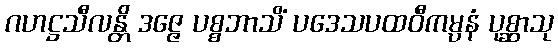
ဂဟဋ္ဌသီလန္တိ ဒဇ္ဇေ ပစ္စဘာသိံ ပဒေသပထဝီကမ္ပနံ ပုစ္ဆာသု